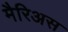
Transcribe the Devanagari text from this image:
मैरिअस